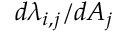
d \lambda _ { i , j } / d A _ { j }